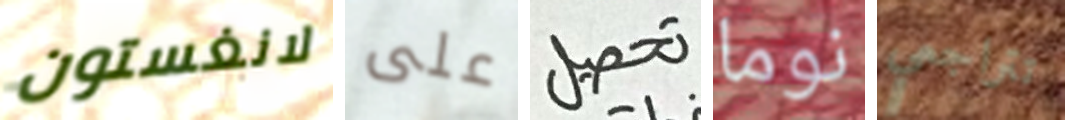
لانغستون على تحصيل نوما تتراجعي